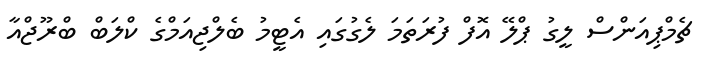
ޗެމްޕިއަންސް ލީގު ޕްލޭ އޮފް ފުރަތަމަ ލެގުގައި އެޓީމު ބެލްޖިއަމްގެ ކްލަބް ބްރޫޖްއާ